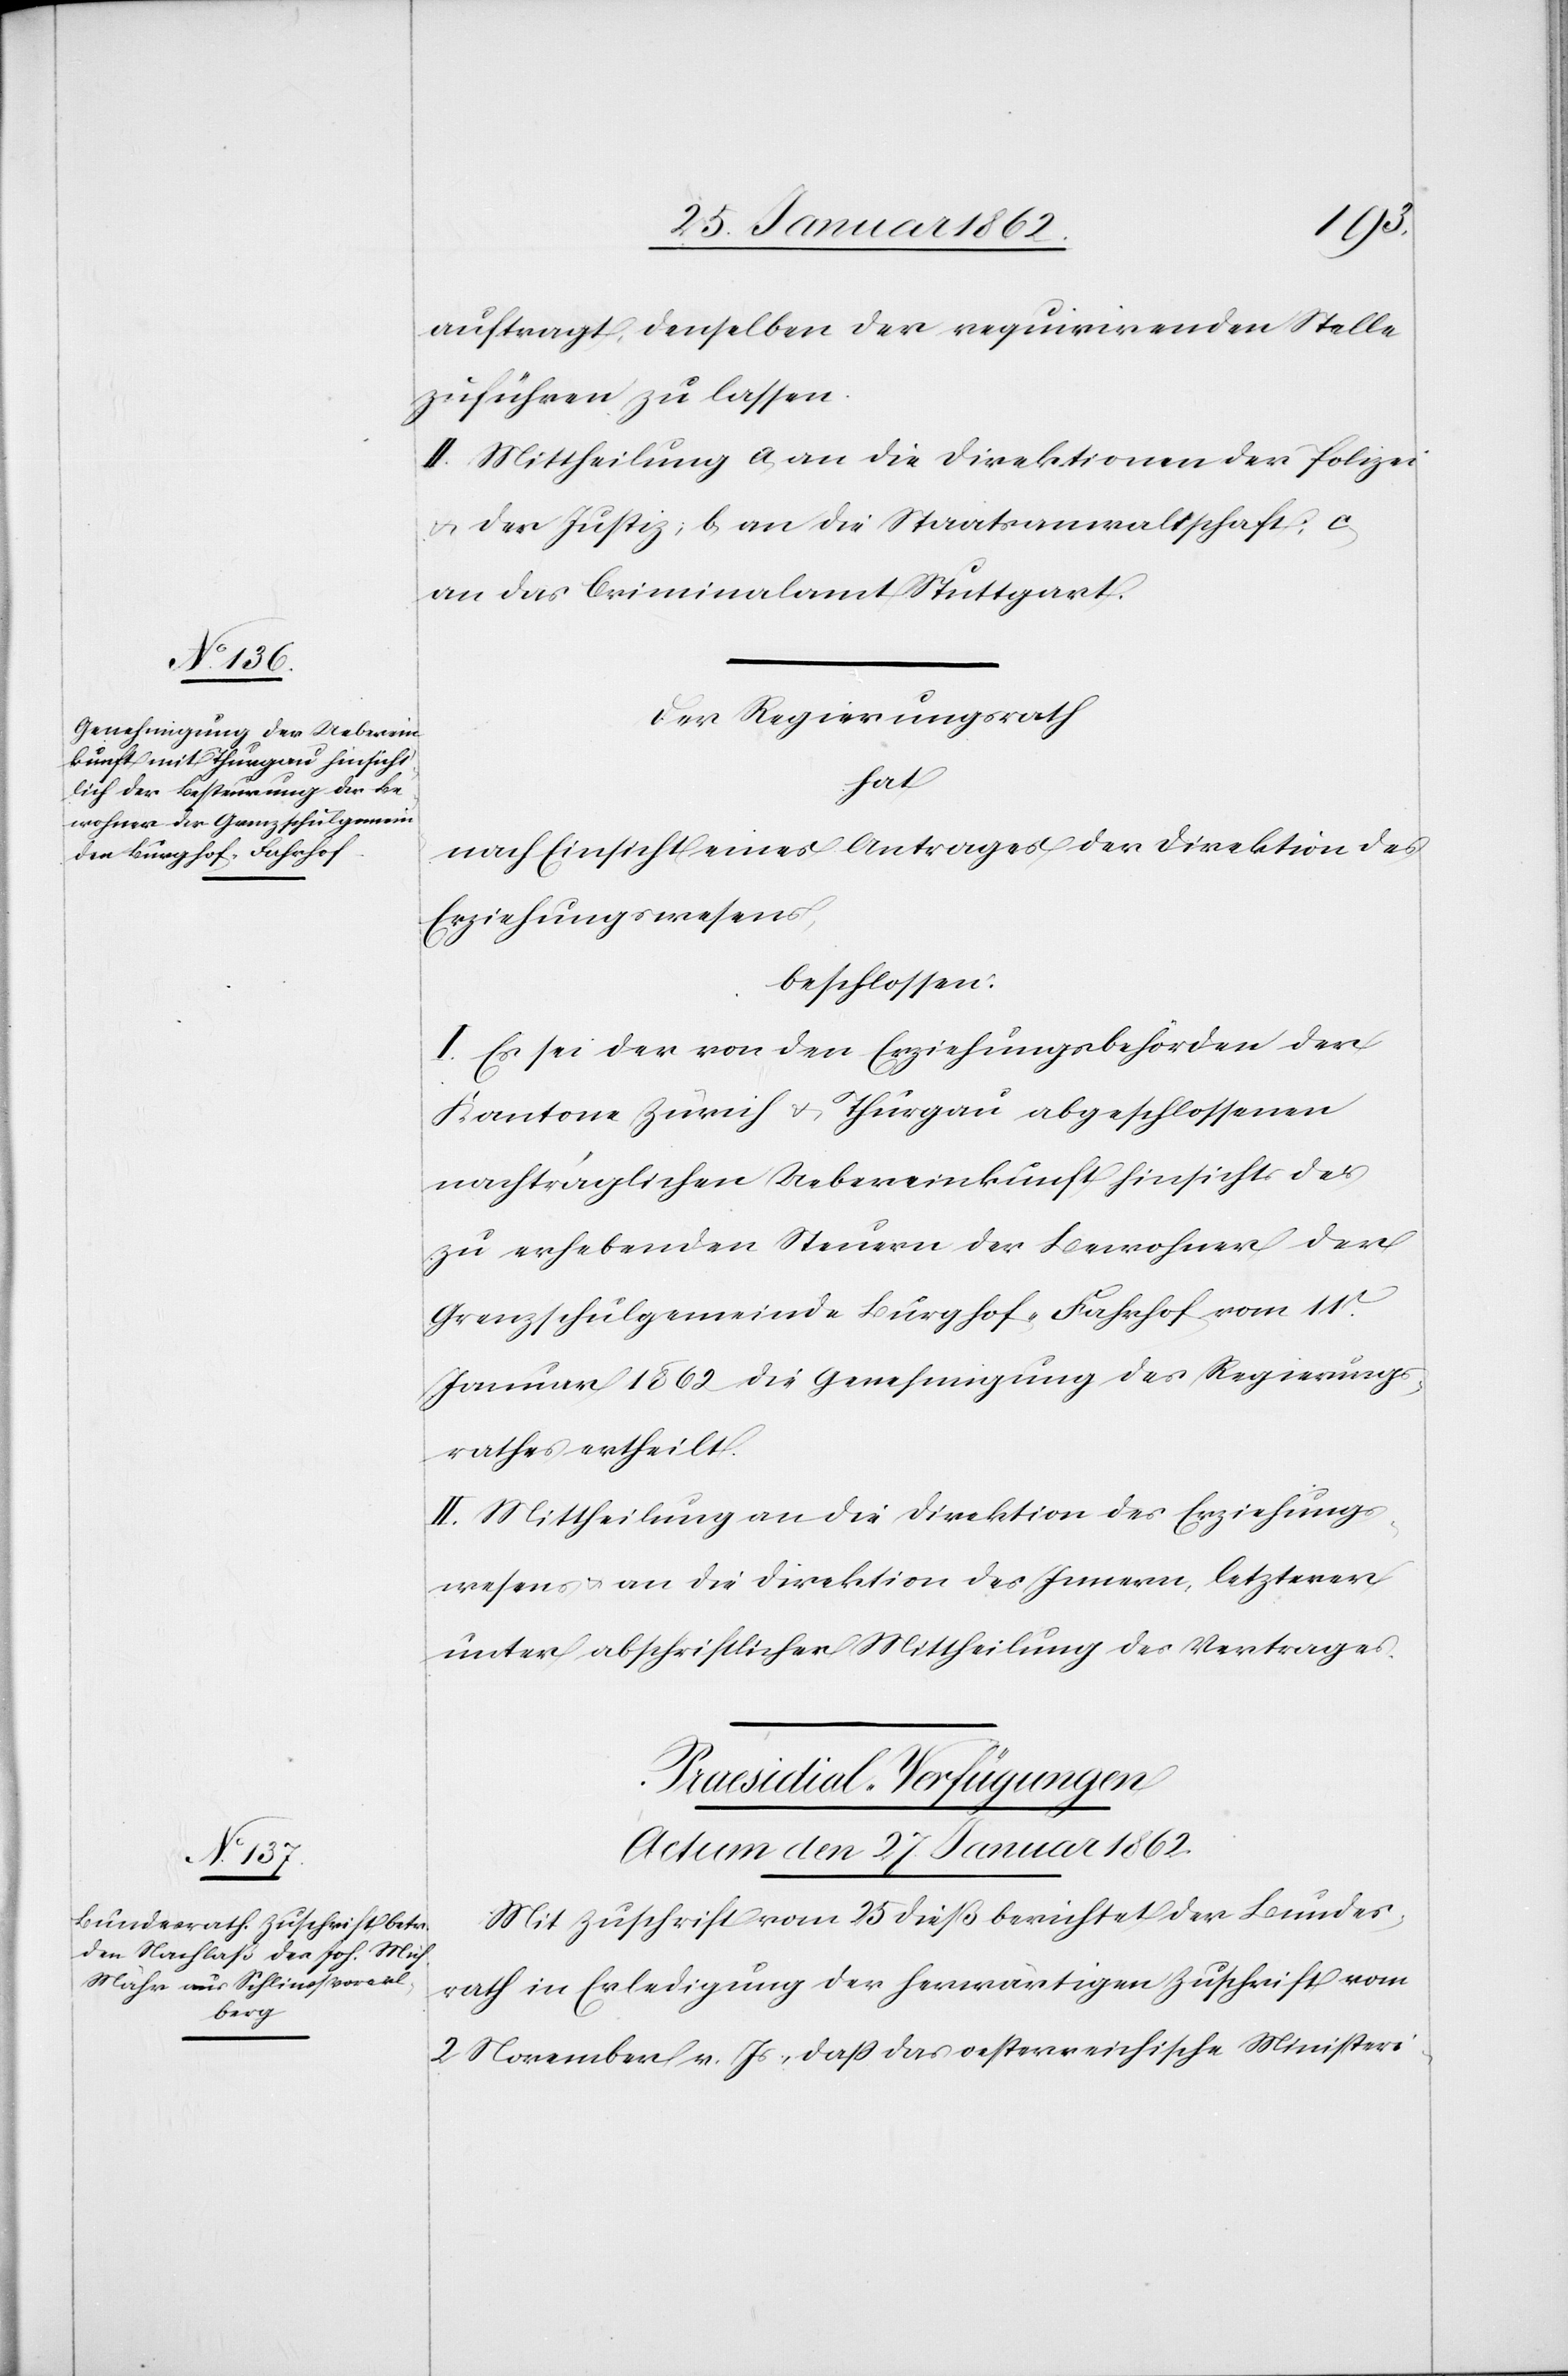
auftragt, denselben der requirirenden Stelle
zuführen zu lassen.
II. Mittheilung a) an die Direktionen der Polizei
u. der Justiz; b) an die Staatsanwaltschaft; c)
an das Criminalamt Stuttgart.
Der Regierungsrath
hat
nach Einsicht eines Antrages der Direktion des
Erziehungswesens,
beschlossen:
I. Es sei der von den Erziehungsbehörden der
Kantone Zürich u. Thurgau abgeschlossenen
nachträglichen Uebereinkunft hinsichts der
zu erhebenden Steuern der Bewohner der
Grenzschulgemeinde Burghof-Fahrhof vom 11t.
Januar 1862 die Genehmigung des Regierungs¬
rathes ertheilt.
II. Mittheilung an die Direktion des Erziehungs¬
wesens u. an die Direktion des Innern, letzterer
unter abschriftlicher Mittheilung des Vertrages.
Praesidial-Verfügungen
Actum den 27. Januar 1862.
Mit Zuschrift vom 25 dieß berichtet der Bundes¬
rath in Erledigung der herwärtigen Zuschrift vom
2 November v. Js., daß das oesterreichische Ministeri-